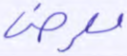
معرض